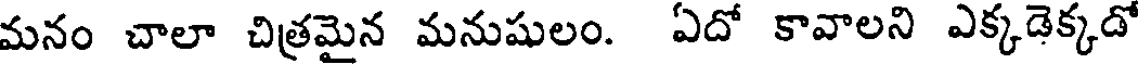
మనం చాలా చిత్రమైన మనుషులం. ఏదో కావాలని ఎక్కడెక్కడో